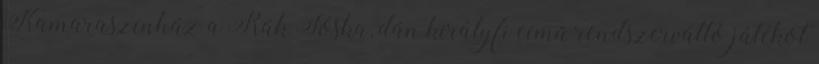
Kamaraszínház a Rák Jóska, dán királyfi című rendszerváltó játékot